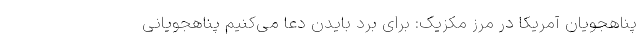
پناهجویان آمریکا در مرز مکزیک: برای برد بایدن دعا می‌کنیم پناهجویانی